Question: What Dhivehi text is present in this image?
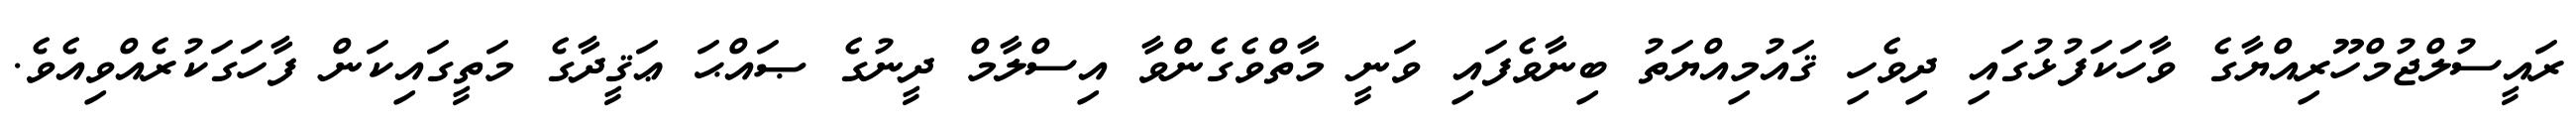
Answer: ރައީސުލްޖުމްހޫރިއްޔާގެ ވާހަކަފުޅުގައި ދިވެހި ޤައުމިއްޔަތު ބިނާވެފައި ވަނީ މާތްވެގެންވާ އިސްލާމް ދީނުގެ ޞައްޙަ ޢަޤީދާގެ މަތީގައިކަން ފާހަގަކުރެއްވިއެވެ.